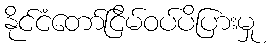
နိုင်ငံတော်ငြိမ်ဝပ်ပိပြားမှု